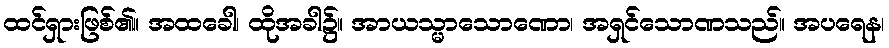
ထင်ရှားဖြစ်၏။ အထခေါ၊ ထိုအခါ၌။ အာယသ္မာသောဏော၊ အရှင်သောဏသည်။ အပရေန၊